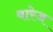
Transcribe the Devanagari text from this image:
वारेज